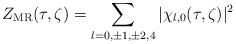
LaTeX: \begin{align*}Z_{\mathrm{MR}}(\tau,\zeta)=\sum_{l=0,\pm 1, \pm 2, 4} \vert \chi_{l,0}(\tau,\zeta)\vert^2\end{align*}